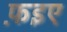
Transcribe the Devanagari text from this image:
फ़इए